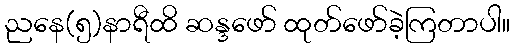
ညနေ(၅)နာရီထိ ဆန္ဒဖော် ထုတ်ဖော်ခဲ့ကြတာပါ။